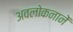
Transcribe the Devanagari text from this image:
अवलोकनानें